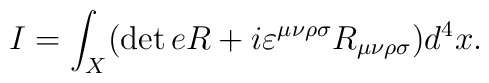
I=\int_X (\det e R+i\varepsilon^{\mu\nu\rho\sigma}R_{\mu\nu\rho\sigma})d^4x.